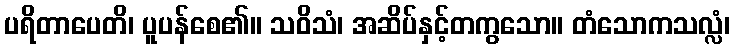
ပရိတာပေတိ၊ ပူပန်စေ၏။ သဝိသံ၊ အဆိပ်နှင့်တကွသော။ တံသောကသလ္လံ၊